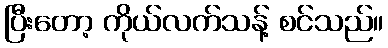
ပြီးတော့ ကိုယ်လက်သန့် စင်သည်။